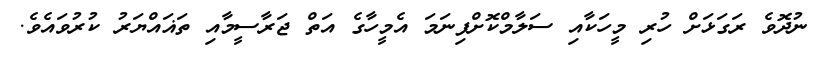
ނުދޮވެ ރަގަޅަށް ހުރި މީހަކާއި ސަލާމްކޮށްފިނަމަ އެމީހާގެ އަތް ޖަރާސީމާއި ތަޣައްޔަރު ކުރުވައެވެ.